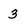
Character: 3